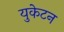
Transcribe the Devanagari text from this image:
युकेटन